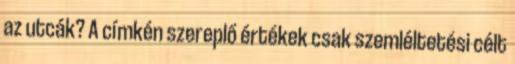
az utcák? A címkén szereplő értékek csak szemléltetési célt